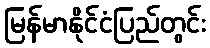
မြန်မာနိုင်ငံပြည်တွင်း